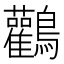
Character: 鸛